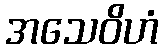
အသေဝိဟံ